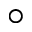
\circ